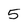
Character: 5